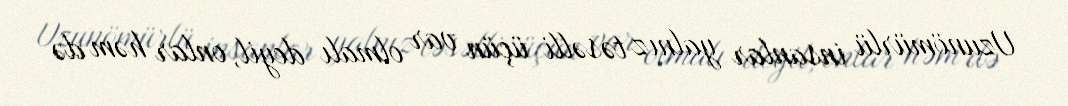
Uzunömürlü insanlar yalnız təsəlli üçün var olmalı deyil, onlar həm də